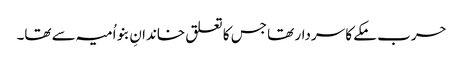
حرب مکے کا سردار تھا جس کا تعلق خاندانِ بنو اُمیہ سے تھا۔